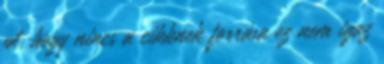
pl. hogy nincs a cikknek forrása ez nem igaz